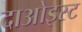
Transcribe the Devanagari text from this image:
दाओइस्ट